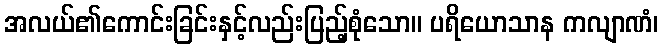
အလယ်၏ကောင်းခြင်းနှင့်လည်းပြည့်စုံသော။ ပရိယောသာန ကလျာဏံ၊